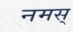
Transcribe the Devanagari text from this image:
नमस्